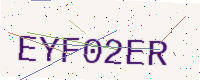
Text: EYF02ER